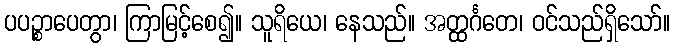
ပပဉ္စာပေတွာ၊ ကြာမြင့်စေ၍။ သူရိယေ၊ နေသည်။ အတ္ထင်္ဂတေ၊ ဝင်သည်ရှိသော်။